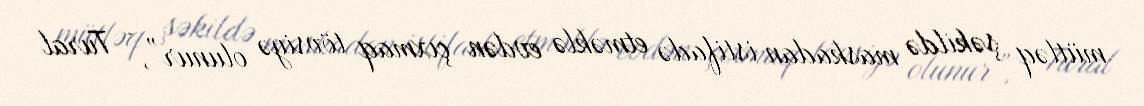
mütləq şəkildə maskadan istifadə etməklə evdən çıxmaq tövsiyə olunur”, - Tural